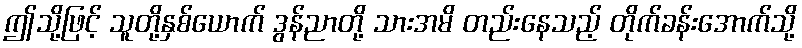
ဤသို့ဖြင့် သူတို့နှစ်ယောက် ဒွန်ညာတို့ သားအမိ တည်းနေသည့် တိုက်ခန်းအောက်သို့